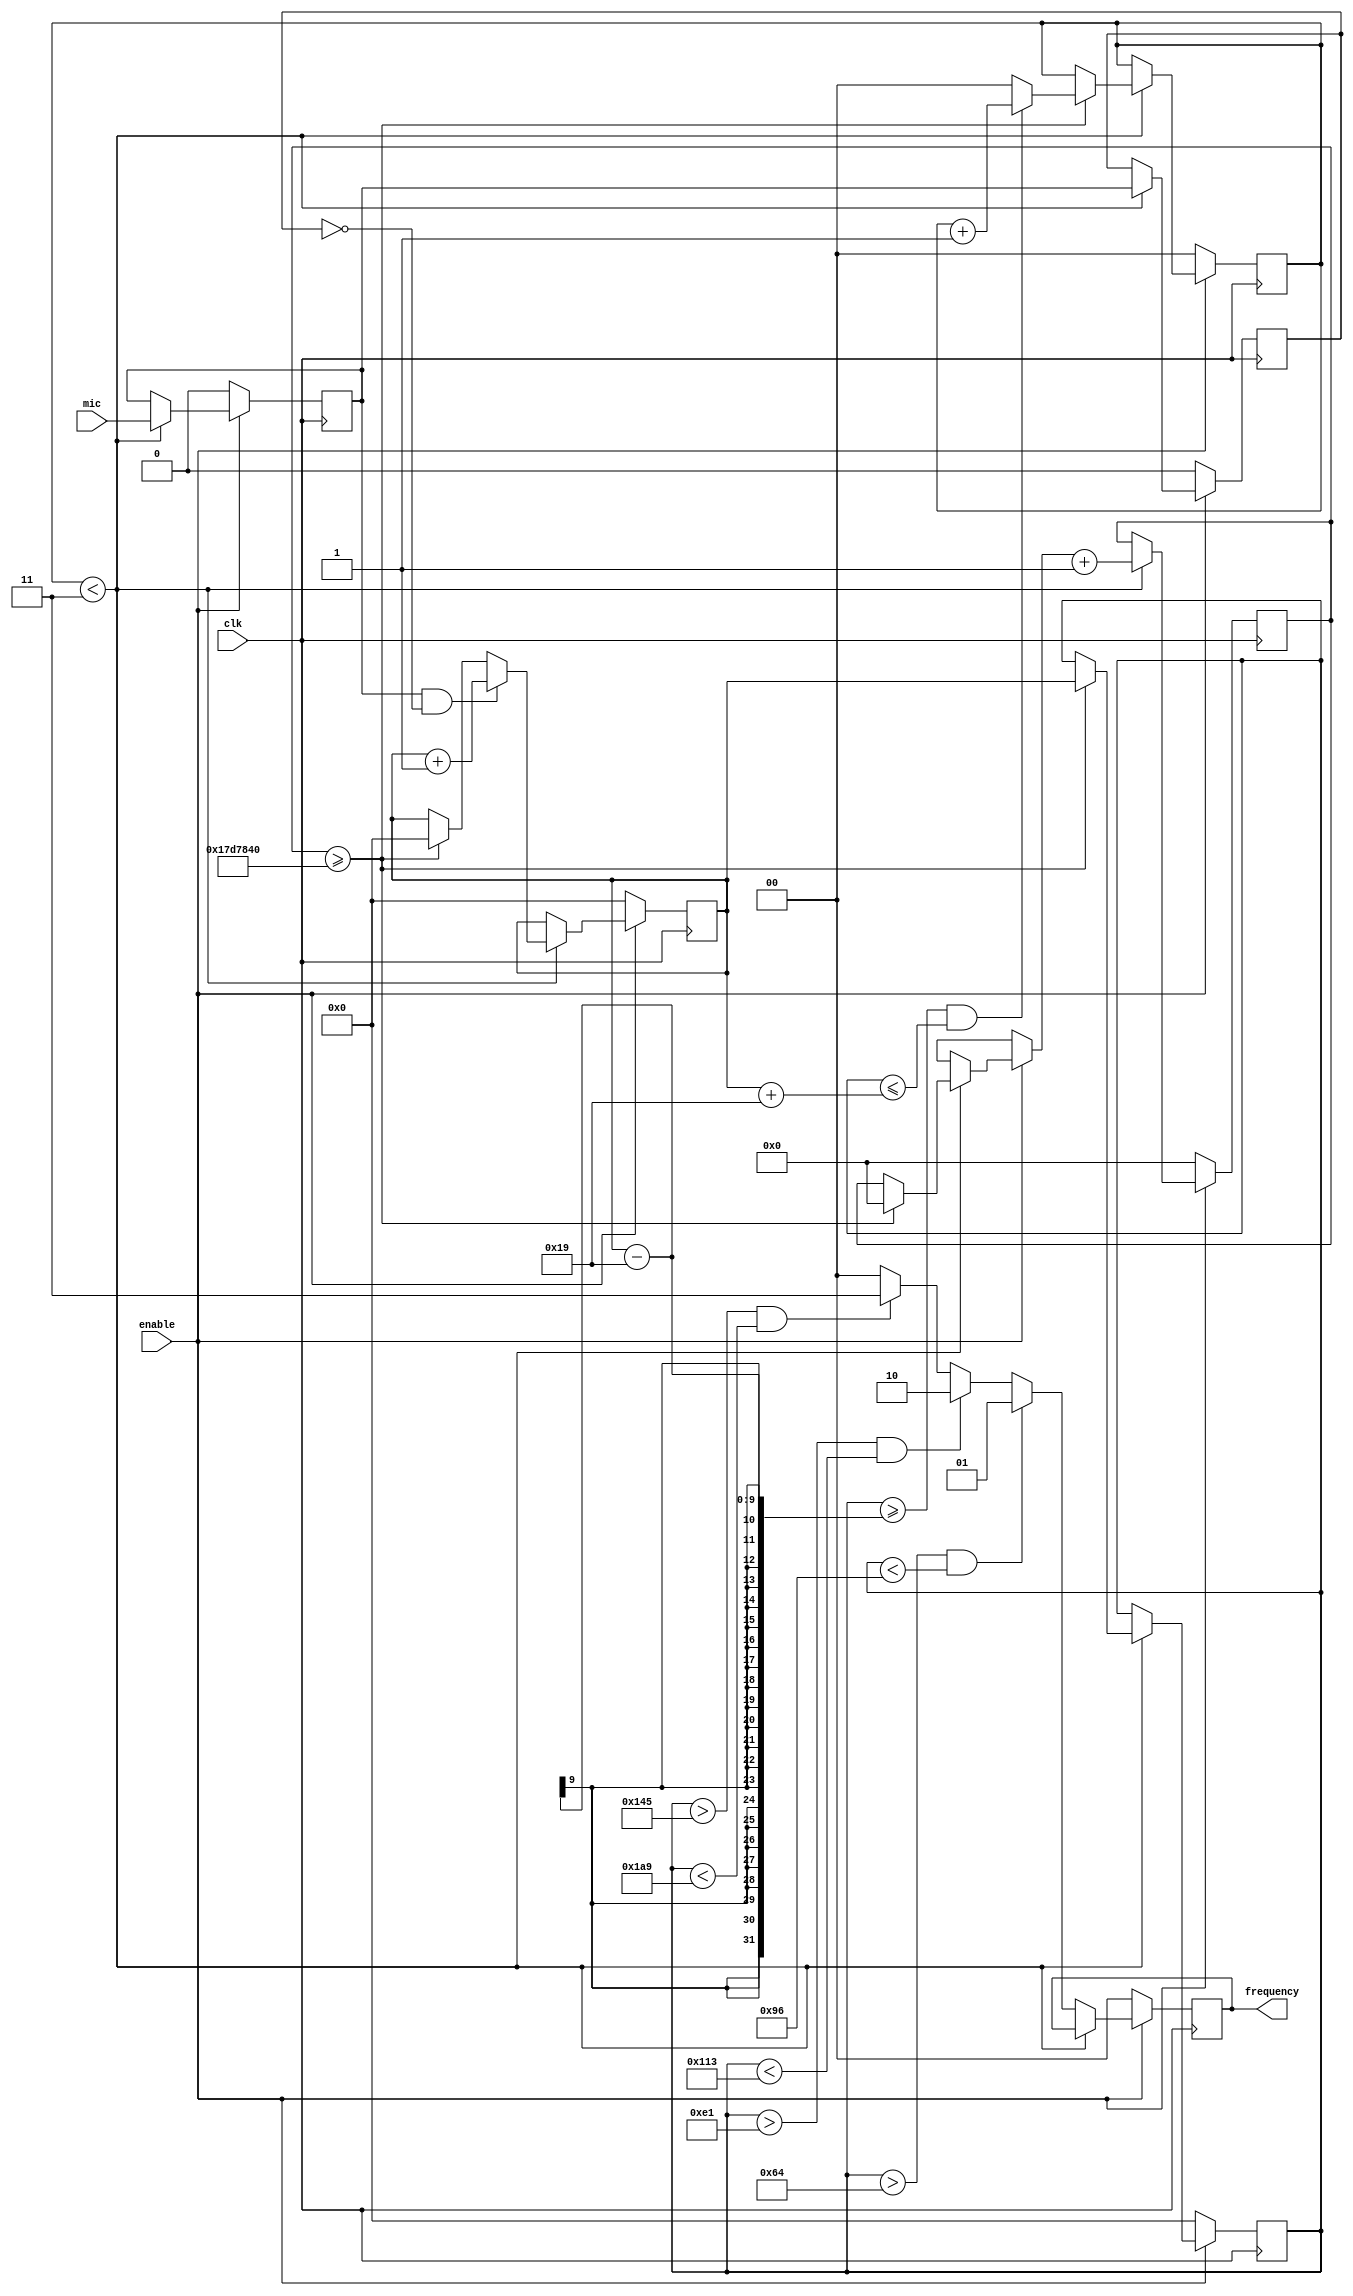
`timescale 1ns / 1ps

module WaveCount(
    input clk,
    input enable,
    input mic,
    output reg [1:0] frequency
    );
    
    //Constants for comparison. Frequency values are 1/4 of actual frequency since they are measured over 1/4 of a second
    localparam Five = 125;       //500Hz
    localparam Ten = 250;        //1000Hz
    localparam Fifteen = 375;    //1500Hz
    
    //Instructions
    localparam Invalid = 0;      //No frequency or invalid
    localparam Turn180 = 1;      //Instruction given for 500Hz
    localparam StoreWasher = 2;  //Instruction given for 1000Hz
    localparam GoToSound = 3;    //Instruction given for 1500Hz
    
    localparam countMax = 25_000_000;  //number of pulses per quarter of a second
    
    reg currentMic; //Variable to track what the input to the Mic is
    reg oldMic;     //Variable to track what the previous input was
    reg [24:0] counter;     //Counter for the number of clock pulses per quarter second
    reg [8:0] freqCount;    //Counter for the number of periods
    reg [8:0] prevFreq;     //Register for the previous freqCount
    reg [1:0] trueCount;    //Counter for hearing the same frequency 4 times
    
    initial {frequency,currentMic,oldMic,counter,freqCount,prevFreq,trueCount} = 0;
    
    //Frequency counter
    always @(posedge clk)
    begin
        if(enable == 1)  //Run only if enabled
        begin
            //Make sure that the same frequency is counted at least 3 times
            if(trueCount < 3)
            begin
                //Every quarter of a second
                if(counter >= countMax)
                begin
                    //Check to see if the previous frequency is within about 100Hz of the current frequency
                    trueCount <= (prevFreq >= (freqCount - 25) && prevFreq <= (freqCount + 25)) ? trueCount + 1:0;
                    
                    //Reset variables for next iteration
                    counter = 0;
                    prevFreq <= freqCount;
                    freqCount <= 0;
                end
                
                //Update the counter
                counter <= counter + 1;
                
                //Update frequency counter
                currentMic <= mic;   //Set current mic input
                if(currentMic == 1 && oldMic == 0) 
                begin
                    freqCount <= freqCount + 1;
                    oldMic <= currentMic;
                end
                
                else oldMic <= currentMic;
            end
            
            //The same frequency was counted 3 times, execute command
            else 
            begin
                frequency = (prevFreq > (Five - 25) && prevFreq < (Five + 25)) ? Turn180 :          //100Hz grace (25 * 4)
                            (prevFreq > (Ten - 25) && prevFreq < (Ten + 25)) ? StoreWasher :        //100Hz grace (25 * 4)
                            (prevFreq > (Fifteen - 50) && prevFreq < (Fifteen + 50)) ? GoToSound :  //200Hz grace (50 * 4)
                            Invalid;
            end
        end
        
        //Reset all variables
        else {frequency,currentMic,oldMic,counter,freqCount,prevFreq,trueCount} = 0;
    end
endmodule